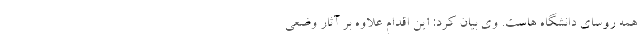
همه روسای دانشگاه هاست. وی بیان کرد: این اقدام علاوه بر آثار وضعی